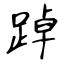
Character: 踔